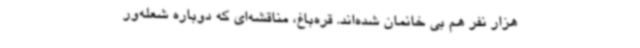
هزار نفر هم بی خانمان شده‌اند. قره‌باغ، مناقشه‌ای که دوباره شعله‌ور